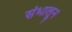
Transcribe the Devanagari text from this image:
संभालून